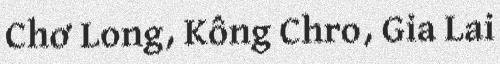
Chơ Long, Kông Chro, Gia Lai